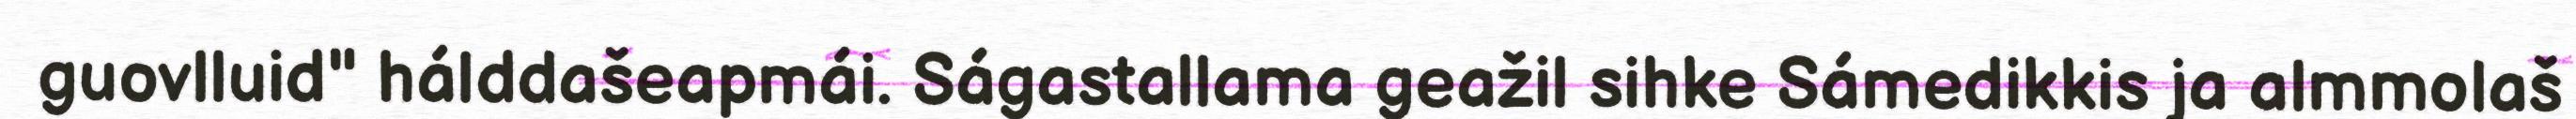
guovlluid" hálddašeapmái. Ságastallama geažil sihke Sámedikkis ja almmolaš